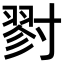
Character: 𡭁